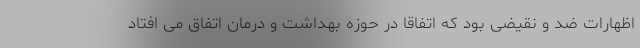
اظهارات ضد و نقیضی بود که اتفاقا در حوزه بهداشت و درمان اتفاق می افتاد